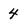
Character: 4